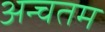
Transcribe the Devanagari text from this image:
अन्चतम